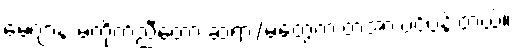
မေဂျာနဲ့ မကိုက်ညီတော့ ဆရာ/မတွေက တအားပင်ပန်းတယ်။